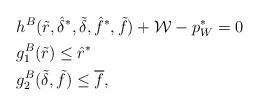
LaTeX: \begin{align*}& h^B(\tilde{r},\hat{\delta}^{*},\tilde{\delta}, \hat{f}^{*}, \tilde{f})+ \mathcal{W} - p_W^{*} = 0 \\& g_1^B(\tilde{r}) \leq \hat{r}^{*} \\& g_2^B(\tilde{\delta}, \tilde{f}) \leq \overline{f}, \end{align*}